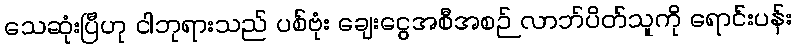
သေဆုံးပြီဟု ငါဘုရားသည် ပစ်ဗုံး ချေးငွေအစီအစဉ် လာဘ်ပိတ်သူကို ရောင်းပန်း